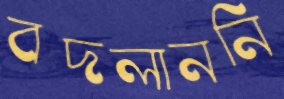
বদলাননি